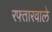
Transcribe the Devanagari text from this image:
रफ्तारवाले